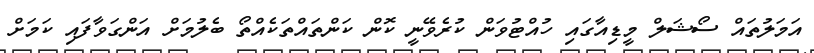
އަމަލުތައް ސޯޝަލް މީޑިއާގައި ހުއްޓުވަން ކުރެވޭނީ ކޮން ކަންތައްތަކެއްތޯ ބެލުމަށް އަންގަވާފައި ކަމަށް